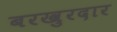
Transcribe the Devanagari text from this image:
बरखुरदार